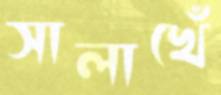
সালাখেঁ